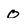
Character: 0